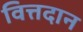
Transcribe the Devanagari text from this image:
वित्तदान